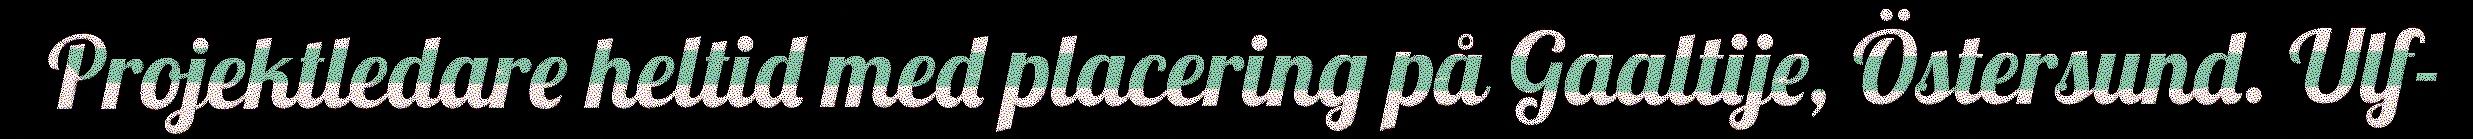
Projektledare heltid med placering på Gaaltije, Östersund. Ulf-